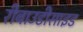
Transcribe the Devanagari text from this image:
रीबाउडीसाइड